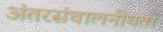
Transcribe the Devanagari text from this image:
अंतरसंचालनीयता